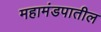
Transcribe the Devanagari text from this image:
महामंडपातील